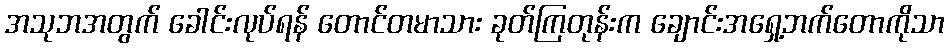
အသုဘအတွက် ခေါင်းလုပ်ရန် တောင်တမာသား ခုတ်ကြတုန်းက ချောင်းအရှေ့ဘက်တောကိုသာ